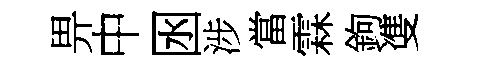
畀中囦涉當霖鉤㕠